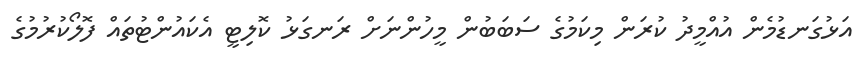
އަޅުގަނޑުމެން އުއްމީދު ކުރަން މިކަމުގެ ސަބަބުން މީހުންނަށް ރަނގަޅު ކޮލިޓީ އެކައުންޓުތައް ފޮލޯކުރުމުގެ